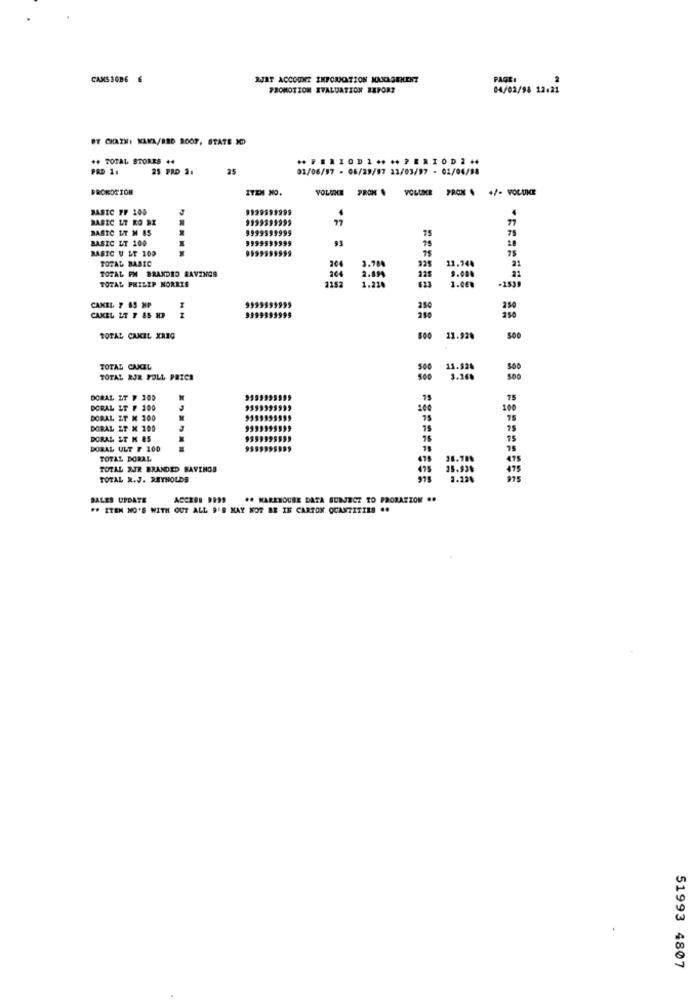
CAMS 3036 6
RJAT ACCOUNT INFORMATION JOUNAGEMENT
PAGE:
PROMOTION EVALUATION REPORT
04/02/98 12:21
BT CKAZHI KAWA/RED ROOF, STATE MO
** TOTAL STORES ..
** FELIODI .... PERIOD2 ..
PRO 1.
25 PRD 2.
25
01/06/97 - 06/29/97 23/03/97 - 01/04/98
ITEM NO.
VOLUNCE PRON . VOLUME PRON . +/- VOLUCE
BASIC TF 100
1939599999
.
BASIC LT KO DI
1939599999
77
BASIC IT M 85
1999999999
75
BASIC LT 100
BASIC U LE 100
TOTAL BASIC
204
3.78%
325
11.744
TOTAL PM BRANDED SAVINGS
21
TOTAL PHILIP MORRIS
1152
364
2.89
1.218
9.000
-183
1.00%
CAKEL 7 65 HP
9999999995
CAKEL &T T &S
9999999999
TOTAL CAKEL XREG
500 11.928
500
TOTAL CAKEL
11.830
So
TOTAL RJR FULL PRICE
3.168
DORAL IT # 100
.75
DORAL LT F 100
DORAL ZT K 100
78
DORAL ZT X 200
DORAL ET K 85
9399999999
DORAL ULT F 100
75
TOTAL DORAL
TOTAL AJR BRANDED SAVINGS
495
35.936
475
TOTAL R.J. REYNOLDS
BALES UPDATE
## MAREBOUSE DATA SUBJECT TO PRORATION ..
#* ITEM NO'S WITH OUT ALL B'S MAY NOT BE IN CARTON QUANTITIES ..
51993 4807